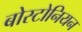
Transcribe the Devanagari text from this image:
बोस्टोनियन